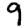
Digit: 9